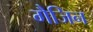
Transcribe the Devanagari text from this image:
गैजिन